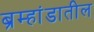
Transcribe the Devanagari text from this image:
ब्रम्हांडातील